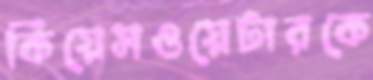
কিয়েসওয়েটারকে